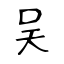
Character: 吴